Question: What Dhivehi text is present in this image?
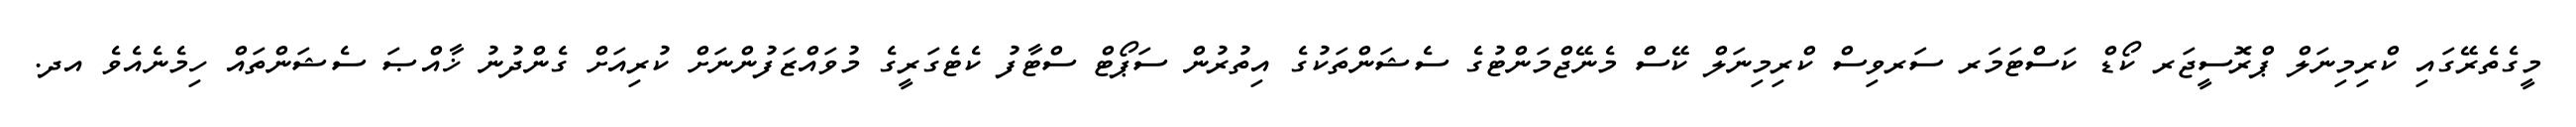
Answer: މީގެތެރޭގައި ކްރިމިނަލް ޕްރޮސީޖަރ ކޯޑް ކަސްޓަމަރ ސަރވިސް ކްރިމިނަލް ކޭސް މެނޭޖްމަންޓުގެ ސެޝަންތަކުގެ އިތުރުން ސަޕޯޓް ސްޓާފު ކެޓެގަރީގެ މުވައްޒަފުންނަށް ކުރިއަށް ގެންދުނު ޚާއްޞަ ސެޝަންތައް ހިމެނެއެވެ އދ.